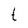
Character: t